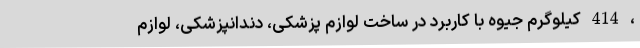
، 414 کیلوگرم جیوه با کاربرد در ساخت لوازم پزشکی، دندانپزشکی، لوازم